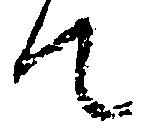
て